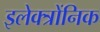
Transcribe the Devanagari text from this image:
इलेक्त्रोंनिक